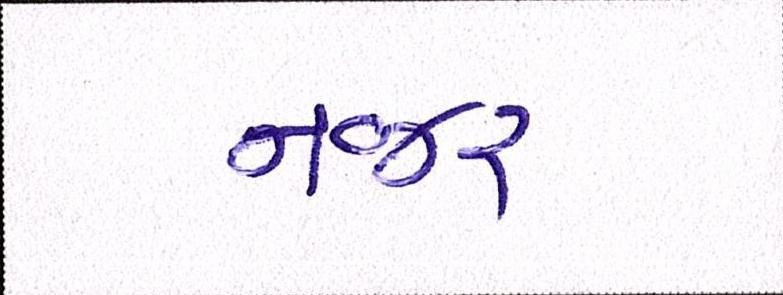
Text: નજર